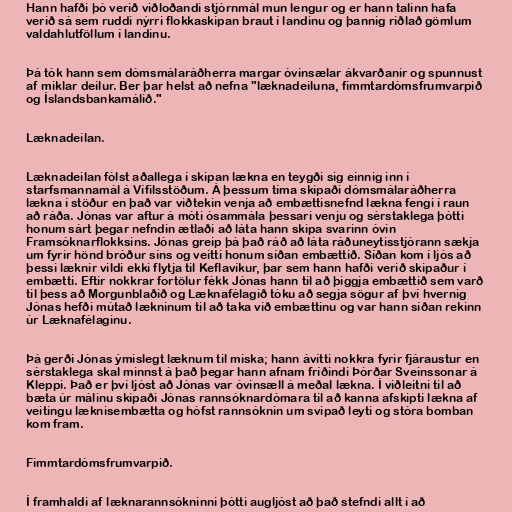
Hann hafði þó verið viðloðandi stjórnmál mun lengur og er hann talinn hafa
verið sá sem ruddi nýrri flokkaskipan braut í landinu og þannig riðlað gömlum
valdahlutföllum í landinu.

Þá tók hann sem dómsmálaráðherra margar óvinsælar ákvarðanir og spunnust
af miklar deilur. Ber þar helst að nefna "læknadeiluna, fimmtardómsfrumvarpið
og Íslandsbankamálið."

Læknadeilan.

Læknadeilan fólst aðallega í skipan lækna en teygði sig einnig inn í
starfsmannamál á Vífilsstöðum. Á þessum tíma skipaði dómsmálaráðherra
lækna í stöður en það var viðtekin venja að embættisnefnd lækna fengi í raun
að ráða. Jónas var aftur á móti ósammála þessari venju og sérstaklega þótti
honum sárt þegar nefndin ætlaði að láta hann skipa svarinn óvin
Framsóknarflokksins. Jónas greip þá það ráð að láta ráðuneytisstjórann sækja
um fyrir hönd bróður síns og veitti honum síðan embættið. Síðan kom í ljós að
þessi læknir vildi ekki flytja til Keflavíkur, þar sem hann hafði verið skipaður í
embætti. Eftir nokkrar fortölur fékk Jónas hann til að þiggja embættið sem varð
til þess að Morgunblaðið og Læknafélagið tóku að segja sögur af því hvernig
Jónas hefði mútað lækninum til að taka við embættinu og var hann síðan rekinn
úr Læknafélaginu.

Þá gerði Jónas ýmislegt læknum til miska; hann ávítti nokkra fyrir fjáraustur en
sérstaklega skal minnst á það þegar hann afnam fríðindi Þórðar Sveinssonar á
Kleppi. Það er því ljóst að Jónas var óvinsæll á meðal lækna. Í viðleitni til að
bæta úr málinu skipaði Jónas rannsóknardómara til að kanna afskipti lækna af
veitingu læknisembætta og hófst rannsóknin um svipað leyti og stóra bomban
kom fram.

Fimmtardómsfrumvarpið.

Í framhaldi af læknarannsókninni þótti augljóst að það stefndi allt í að